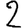
Digit: 2